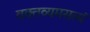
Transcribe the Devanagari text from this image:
वक्तव्यमसत्यं